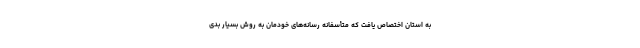
به استان اختصاص یافت که متأسفانه رسانه‌های خودمان به روش بسیار بدی